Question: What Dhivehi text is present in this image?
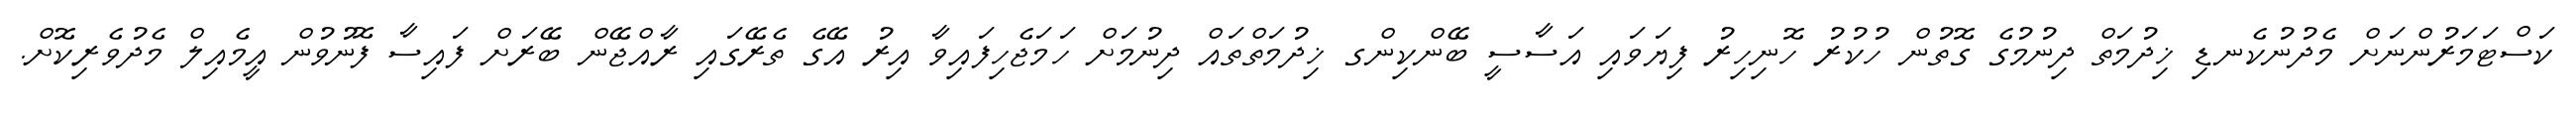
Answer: ކަސްޓަމަރުންނަށް މެދުނުކެނޑި ޚިދުމަތް ދިނުމުގެ ގޮތުން ހުކުރު ހޮނިހިރު ފިޔަވައި އަސާސީ ބޭންކިންގ ޚިދުމަތްތައް ދިނުމަށް ހަމަޖެހިފައިވާ އިރު އޭގެ ތެރޭގައި ރާއްޖޭން ބޭރަށް ފައިސާ ފޮނުވުން އީމެއިލް މެދުވެރިކޮށް.